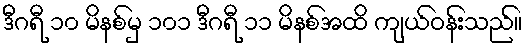
ဒီဂရီ ၁၀ မိနစ်မှ ၁၀၁ ဒီဂရီ ၁၁ မိနစ်အထိ ကျယ်ဝန်းသည်။